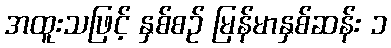
အထူးသဖြင့် နှစ်စဉ် မြန်မာနှစ်ဆန်း ၁